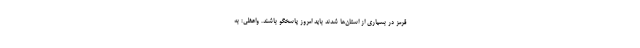
قرمز در بسیاری از استان‌ها شدند باید امروز پاسخگو باشند. واعظی: به